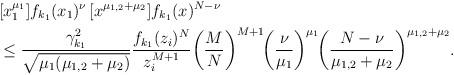
LaTeX: \begin{align*}\begin{aligned}&[x_1^{\mu_1}]f_{k_1}(x_1)^{\nu}\,[x^{\mu_{1,2}+\mu_2}]f_{k_1}(x)^{N-\nu}\\&\le \frac{\gamma_{k_1}^2}{\sqrt{\mu_1(\mu_{1,2}+\mu_2)}}\frac{f_{k_1}(z_i)^N}{z_i^{M+1}}\!\left(\frac{M}{N}\right)^{M+1}\!\!\left(\frac{\nu}{\mu_1}\right)^{\mu_1}\!\!\left(\frac{N-\nu}{\mu_{1,2}+\mu_2}\right)^{\mu_{1,2}+\mu_2}\!.\end{aligned}\end{align*}